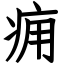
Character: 痈